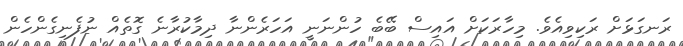
ރަނގަޅަށް ރަކިވިއެވެ. މިހާރަކަށް އައިސް ބޭބެ ހުންނަނީ އަހަރެންނާ ދިމާކުރާނެ ގޮތެއް ނުފެނިގެންހެން